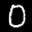
Label: 0